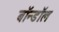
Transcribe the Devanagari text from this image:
बॉन्डॉल